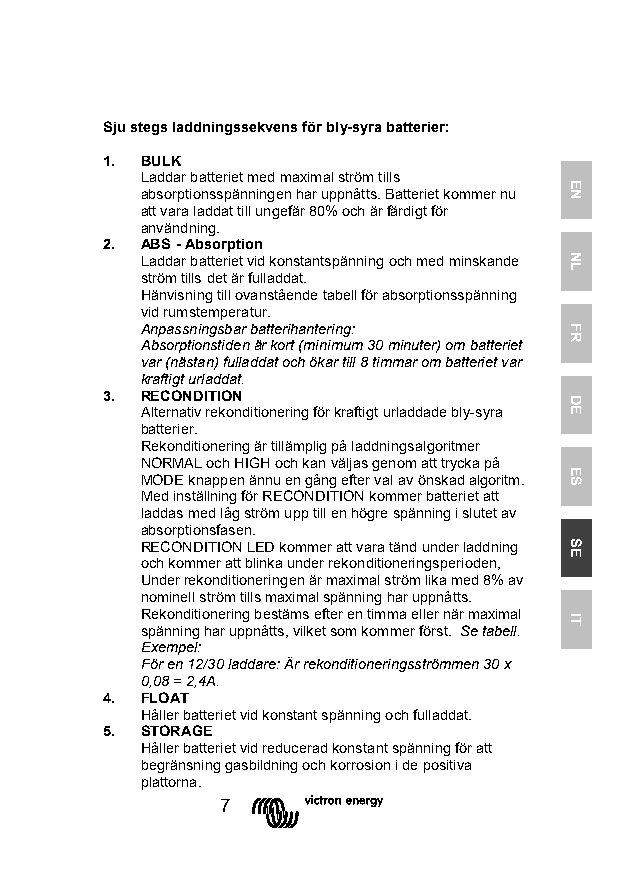
Sju stegs laddningssekvens för bly-syra batterier:
 1. BULK
 Laddar batteriet med maximal ström tills
 absorptionsspänningen har uppnåtts. Batteriet kommer nu
 att vara laddat till ungefär 80% och är färdigt för
 användning.
 2. ABS - Absorption
 Laddar batteriet vid konstantspänning och med minskande
 ström tills det är fulladdat.
 Hänvisning till ovanstående tabell för absorptionsspänning
 vid rumstemperatur.
 Anpassningsbar batterihantering:
 Absorptionstiden är kort (minimum 30 minuter) om batteriet
 var (nästan) fulladdat och ökar till 8 timmar om batteriet var
 kraftigt urladdat.
 3. RECONDITION
 Alternativ rekonditionering för kraftigt urladdade bly-syra
 batterier.
 Rekonditionering är tillämplig på laddningsalgoritmer
 NORMAL och HIGH och kan väljas genom att trycka på
 MODE knappen ännu en gång efter val av önskad algoritm.
 Med inställning för RECONDITION kommer batteriet att
 laddas med låg ström upp till en högre spänning i slutet av
 absorptionsfasen.
 RECONDITION LED kommer att vara tänd under laddning
 och kommer att blinka under rekonditioneringsperioden,
 Under rekonditioneringen är maximal ström lika med 8% av
 nominell ström tills maximal spänning har uppnåtts.
 Rekonditionering bestäms efter en timma eller när maximal
 spänning har uppnåtts, vilket som kommer först. Se tabell.
 Exempel:
 För en 12/30 laddare: Är rekonditioneringsströmmen 30 x
 0,08 = 2,4A.
 4. FLOAT
 Håller batteriet vid konstant spänning och fulladdat.
 5. STORAGE
 Håller batteriet vid reducerad konstant spänning för att
 begränsning gasbildning och korrosion i de positiva
 plattorna.
 7
 EN
 NL
 FR
 DE
 ES
 SE
 IT